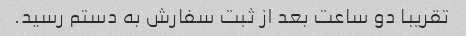
تقریبا دو ساعت بعد از ثبت سفارش به دستم رسید.